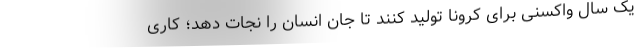
یک سال واکسنی برای کرونا تولید کنند تا جان انسان را نجات دهد؛ کاری